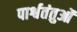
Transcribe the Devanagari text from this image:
पार्श्वतंतुओं